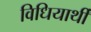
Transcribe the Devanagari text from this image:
विधियार्थी